Document type: Oath
Year: 1405
Scribe: Guillem de Lledó
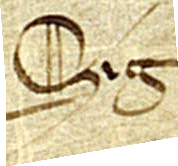
Sig